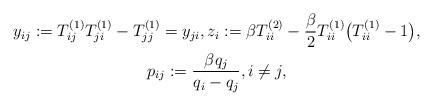
LaTeX: \begin{gather*}y_{ij}:= T_{ij}^{(1)} T_{ji}^{(1)} -T_{jj}^{(1)}=y_{ji},z_{i}:=\beta T_{ii}^{(2)} -\frac{\beta}{2} T_{ii}^{(1)} \big (T_{ii}^{(1)}-1\big),\\ p_{ij}:= \frac{\beta q_j}{q_i -q_j}, i \not= j,\end{gather*}